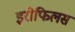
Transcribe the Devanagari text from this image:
इरोफिलस